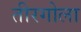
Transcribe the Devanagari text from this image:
तीरगोला